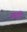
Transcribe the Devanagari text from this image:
गारुड़ि